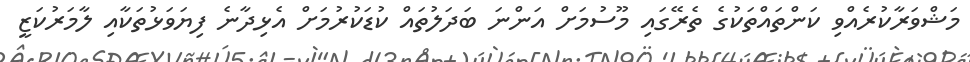
މަޝްވަރާކުރެއްވި ކަންތައްތަކުގެ ތެރޭގައި މޫސުމަށް އަންނަ ބަދަލުތައް ކުޑަކުރުމަށް އެޅިދާނެ ފިޔަވަޅުތަކާއި ލާމަރުކަޒީ